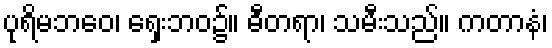
ပုရိမဘဝေ၊ ရှေးဘဝ၌။ ဓီတရာ၊ သမီးသည်။ ကတာနံ၊